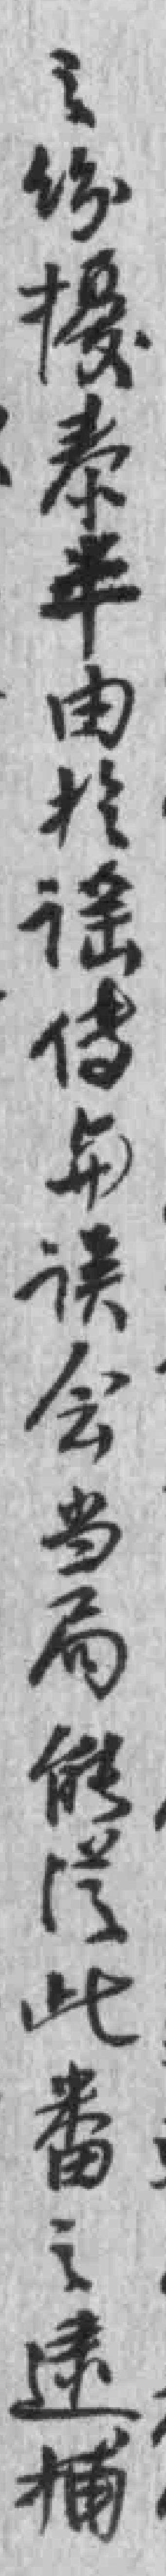
之纷擾泰平由於谣传与误会当局能*此番之逮捕